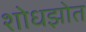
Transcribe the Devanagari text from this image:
शोधझोत